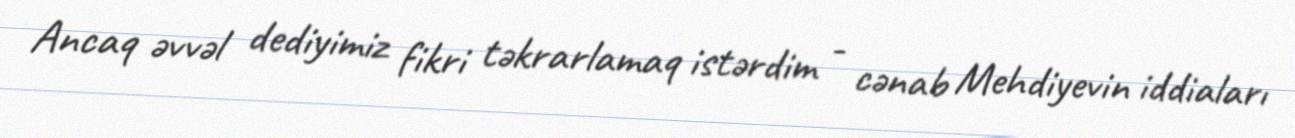
Ancaq əvvəl dediyimiz fikri təkrarlamaq istərdim - cənab Mehdiyevin iddiaları